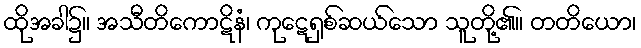
ထိုအခါ၌။ အသီတိကောဋိနံ၊ ကုဋေရှစ်ဆယ်သော သူတို့၏။ တတိယော၊